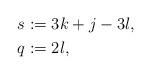
LaTeX: \begin{align*}s & := 3 k + j - 3l,\\q & := 2 l,\end{align*}